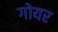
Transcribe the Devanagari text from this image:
गोयर